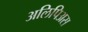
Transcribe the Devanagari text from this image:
अलिपिअस